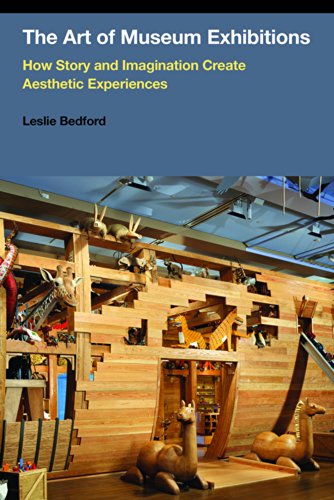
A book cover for The Art of Museum Exhibitions: How Story and Imagination Create Aesthetic Experiences; Leslie Bedford; Business & Money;